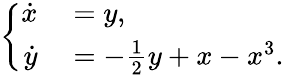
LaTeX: \left\{ \begin{array}{rl}{\dot{x}}&{{}=y,}\\ {\dot{y}}&{{}=-\frac{1}{2}y+x-x^{3}.}\end{array}\right.